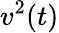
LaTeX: v^{2}(t)